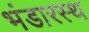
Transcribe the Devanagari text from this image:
भंडारस्थ